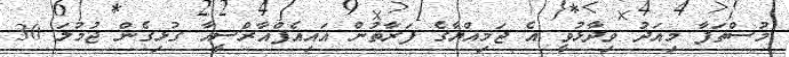
މުސްތަފާ މިއަދު ވިދާޅުވީ އެ ޖަމިއްޔާގެ ފަރާތުން އައިއެފްއާރްސީއާ ގުޅިގެން ޖުމުލަ 30